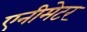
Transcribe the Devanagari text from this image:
एनीमेटर